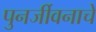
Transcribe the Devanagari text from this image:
पुनर्जीवनाचे